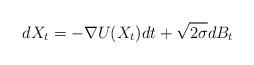
LaTeX: \begin{align*}dX_t = -\nabla U(X_t) dt+\sqrt{2\sigma } dB_t\end{align*}